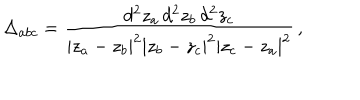
\Delta _ { a b c } = { \frac { d ^ { 2 } z _ { a } \, d ^ { 2 } z _ { b } \, d ^ { 2 } z _ { c } } { | z _ { a } - z _ { b } | ^ { 2 } | z _ { b } - z _ { c } | ^ { 2 } | z _ { c } - z _ { a } | ^ { 2 } } } \, ,